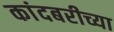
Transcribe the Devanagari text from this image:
कांदबरीच्या